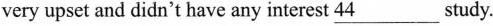
very upset and didn't have any interest 44___ study.